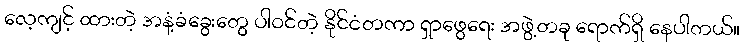
လေ့ကျင့် ထားတဲ့ အနံ့ခံခွေးတွေ ပါဝင်တဲ့ နိုင်ငံတကာ ရှာဖွေရေး အဖွဲ့တခု ရောက်ရှိ နေပါတယ်။